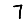
Digit: 7